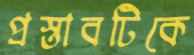
প্রস্তাবটিকে